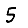
Digit: 5